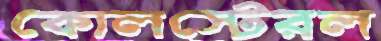
কোলস্টেরল